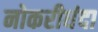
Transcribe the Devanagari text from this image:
नोकरीधंदा